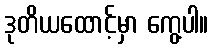
ဒုတိယထောင့်မှာ ကွေ့ပါ။